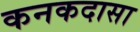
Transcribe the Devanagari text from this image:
कनकदासा